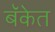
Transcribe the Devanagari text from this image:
बॅकेत